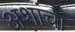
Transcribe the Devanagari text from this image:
अशांचा